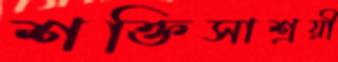
শক্তিসাশ্রয়ী